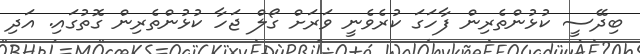
ބިދޭސީ ކުޅުންތެރިން ފާހަގަ ކުރެވެނީ ވަރަށް ގޯލް ޖަހާ ކުޅުންތެރިން ގޮތުގައި. އަދި